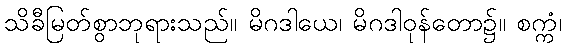
သိခီမြတ်စွာဘုရားသည်။ မိဂဒါယေ၊ မိဂဒါဝုန်တော၌။ စက္ကံ၊